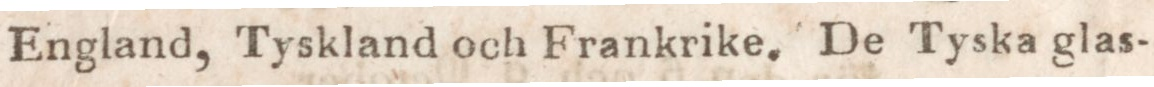
England, Tyskland och Frankrike. De Tyska glas-